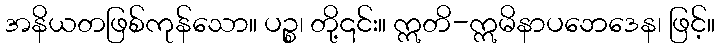
အနိယတဖြစ်ကုန်သော။ ပဉ္စ၊ တို့၎င်း။ ဣတိ-ဣမိနာပဘေဒေန၊ ဖြင့်။